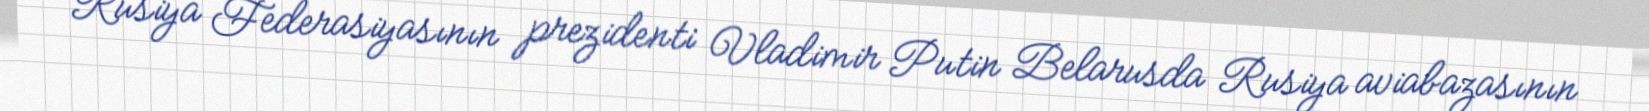
Rusiya Federasiyasının prezidenti Vladimir Putin Belarusda Rusiya aviabazasının